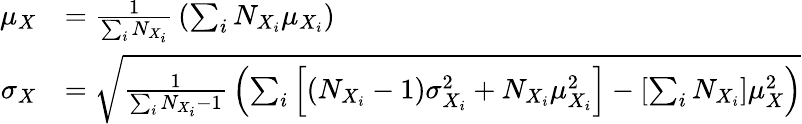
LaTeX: {\begin{array}{rl}{\mu_{X}}&{={\frac{1}{\sum_{i}{N_{X_{i}}}}}\left(\sum_{i}{N_{X_{i}}\mu_{X_{i}}}\right)}\\ {\sigma_{X}}&{={\sqrt{{\frac{1}{\sum_{i}{N_{X_{i}}-1}}}\left(\sum_{i}{\left[(N_{X_{i}}-1)\sigma_{X_{i}}^{2}+N_{X_{i}}\mu_{X_{i}}^{2}\right]}-\left[\sum_{i}{N_{X_{i}}}\right]\mu_{X}^{2}\right)}}}\end{array}}